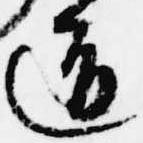
道